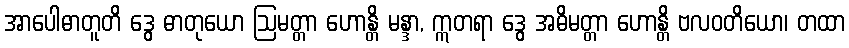
အာပေါဓာတူတိ ဒွေ ဓာတုယော ဩမတ္တာ ဟောန္တိ မန္ဒာ, ဣတရာ ဒွေ အဓိမတ္တာ ဟောန္တိ ဗလဝတိယော၊ တထာ